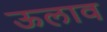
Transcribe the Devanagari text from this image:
ऊलाव